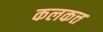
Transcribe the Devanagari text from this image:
कलकत्त